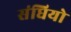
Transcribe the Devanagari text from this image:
संधियो